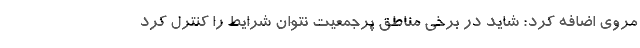
مروی اضافه کرد: شاید در برخی مناطق پرجمعیت نتوان شرایط را کنترل کرد